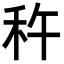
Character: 𫀩